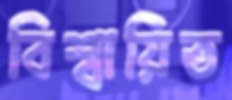
বিশ্বায়িত